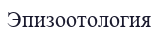
Эпизоотология